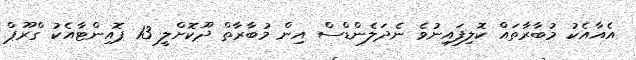
އެއާއެކު މުބާރާތައް ކޮލިފައިނުވެ ނެދަލެންޑްސް އިން މުބާރާތް ދޫކޮށްލީ 13 ޕޮއިންޓާއެކު ގްރޫޕް